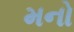
મનો